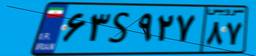
۶۳S۹۲۷۸۷